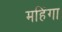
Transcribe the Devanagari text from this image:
महिंगा